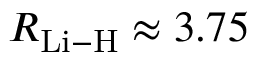
R _ { \mathrm { L i - H } } \approx 3 . 7 5